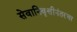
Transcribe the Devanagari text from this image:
सेवानिवृत्तीनंतरचा